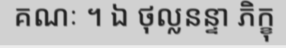
គណៈ ។ ឯ ថុល្លនន្ទា ភិក្ខុ